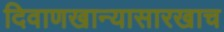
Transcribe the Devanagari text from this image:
दिवाणखान्यासारखाच